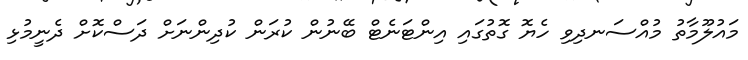
މައުލޫމާތު މުއްސަނދިވި ހެޔޮ ގޮތުގައި އިންޓަނެޓް ބޭނުން ކުރަން ކުދިންނަށް ދަސްކޮށް ދެނީމުޅި